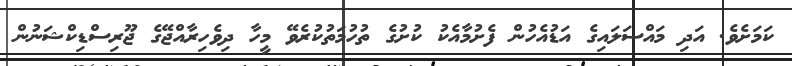
ކަމަށެވެ. އަދި މައްސަލައިގެ އަޑުއެހުން ފެށުމާއެކު ކުށުގެ ތުހުމަތުކުރެވޭ މީހާ ދިވެހިރާއްޖޭގެ ޖޫރިސްޑިކްޝަނުން